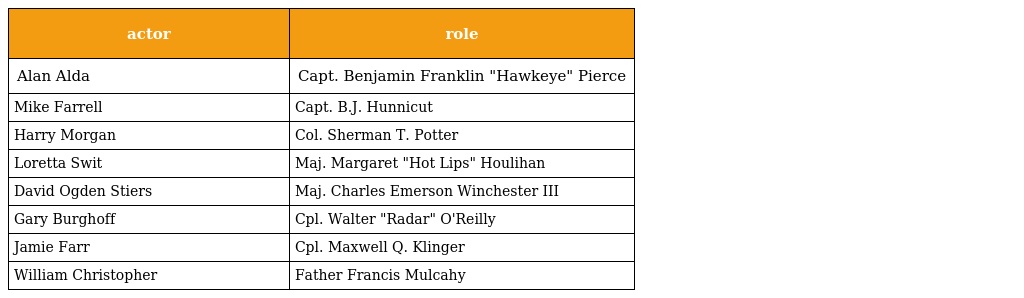
| actor | role |
 | --- | --- |
 | Alan Alda | Capt. Benjamin Franklin "Hawkeye" Pierce |
 | Mike Farrell | Capt. B.J. Hunnicut |
 | Harry Morgan | Col. Sherman T. Potter |
 | Loretta Swit | Maj. Margaret "Hot Lips" Houlihan |
 | David Ogden Stiers | Maj. Charles Emerson Winchester III |
 | Gary Burghoff | Cpl. Walter "Radar" O'Reilly |
 | Jamie Farr | Cpl. Maxwell Q. Klinger |
 | William Christopher | Father Francis Mulcahy |